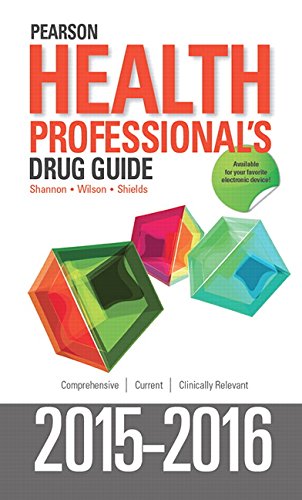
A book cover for Pearson Health Professional's Drug Guide 2015-2016; Margaret Shannon; Medical Books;